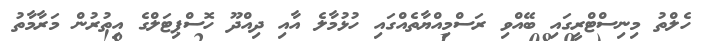
ހެލްތު މިނިސްޓްރީގައި ބޭއްވި ރަސްމިއްޔާތެއްގައި ހުޅުމާލެ އާއި ދިއްދޫ ހޮސްޕިޓަލްގެ އިތުރުން މަރާމާތު